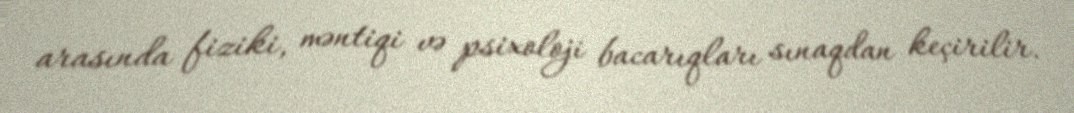
arasında fiziki, məntiqi və psixoloji bacarıqları sınaqdan keçirilir.